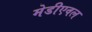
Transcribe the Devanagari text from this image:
मेडीएवल